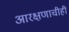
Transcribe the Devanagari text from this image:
आरक्षणाचीही